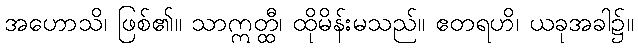
အဟောသိ၊ ဖြစ်၏။ သာဣတ္ထီ၊ ထိုမိန်းမသည်။ ဧတရဟိ၊ ယခုအခါ၌။